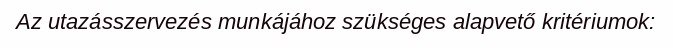
Az utazásszervezés munkájához szükséges alapvető kritériumok: